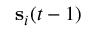
\mathbf s _ { i } ( t - 1 )